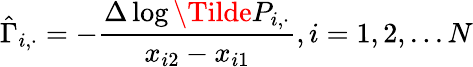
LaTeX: \hat{\Gamma}_{i,\cdot}=-\frac{\Delta\log\Tilde{P}_{i,\cdot}}{x_{i2}-x_{i1}},i=1,2,...N